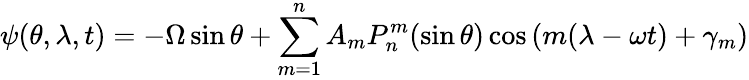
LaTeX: \psi(\theta,\lambda,t)=-\Omega\sin\theta+\sum_{m=1}^{n}A_{m}P_{n}^{m}(\sin\theta)\cos\left(m(\lambda-\omega t)+\gamma_{m}\right)